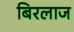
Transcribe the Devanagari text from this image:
बिरलाज